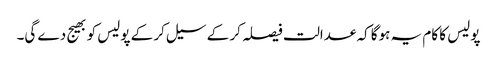
پولیس کا کام یہ ہوگا کہ عدالت فیصلہ کر کے سیل کر کے پولیس کو بھیج دے گی۔